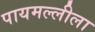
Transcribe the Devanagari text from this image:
पायमल्लीला